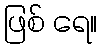
ဖြစ် ရေ။